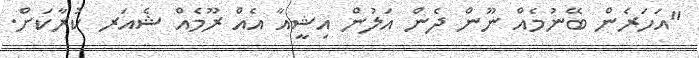
"އަހަރެން ބޭނުމެއް ނޫން ދެން އަލުން އިޝީއާ އެއް ރޫމެއް ޝެއަރ ކުރާކަށް.